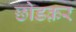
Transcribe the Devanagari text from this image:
छोडक़र